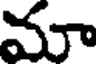
మా